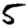
Digit: 5